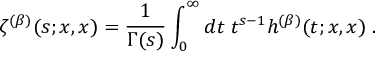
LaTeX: \zeta ^ { ( \beta ) } ( s ; x , x ) = \frac { 1 } { \Gamma ( s ) } \int _ { 0 } ^ { \infty } d t \; t ^ { s - 1 } h ^ { ( \beta ) } ( t ; x , x ) \; .